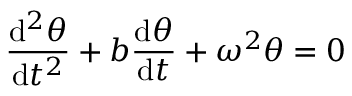
{ \frac { \mathrm { d } ^ { 2 } \theta } { \mathrm { d } t ^ { 2 } } } + b { \frac { \mathrm { d } \theta } { \mathrm { d } t } } + \omega ^ { 2 } \theta = 0